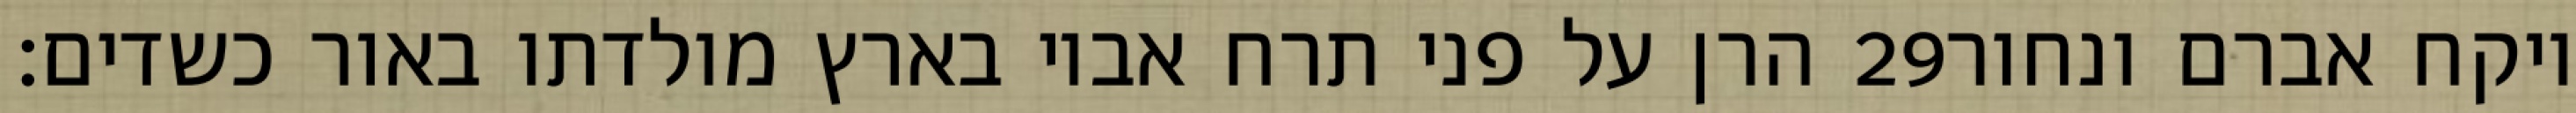
הרן על פני תרח אביו בארץ מולדתו באור כשדים׃ ‎29‏ ויקח אברם ונחור